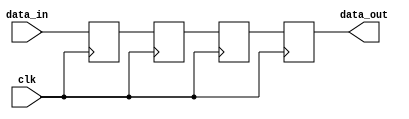
module cascade_synchronizer (
    input wire data_in,
    input wire clk,
    output reg data_out
);

reg [3:0] ff1, ff2, ff3, ff4;

always @(posedge clk) begin
    ff1 <= data_in;
    ff2 <= ff1;
    ff3 <= ff2;
    ff4 <= ff3;
end

assign data_out = ff4;

endmodule